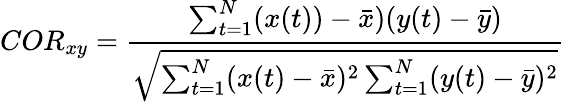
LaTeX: COR_{xy}=\frac{\sum_{t=1}^{N}(x(t))-\bar{x})(y(t)-\bar{y})}{\sqrt{\sum_{t=1}^{N}(x(t)-\bar{x})^{2}\sum_{t=1}^{N}(y(t)-\bar{y})^{2}}}